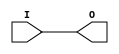
module IBUFG_HSTL_III_DCI (O, I);

    output O;

    input  I;

	buf B1 (O, I);


endmodule